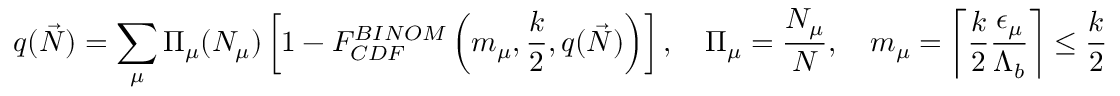
q ( \Vec { N } ) = \sum _ { \mu } { \Pi } _ { \mu } ( N _ { \mu } ) \left[ 1 - F _ { C D F } ^ { B I N O M } \left( m _ { \mu } , \frac { k } { 2 } , q ( \vec { N } ) \right) \right] , \quad { \Pi } _ { \mu } = \frac { N _ { \mu } } { N } , \quad m _ { \mu } = \left\lceil { \frac { k } { 2 } \frac { { \epsilon } _ { \mu } } { { \Lambda } _ { b } } } \right\rceil \leq \frac { k } { 2 }